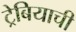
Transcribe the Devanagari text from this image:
ट्रेबियाची